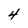
Character: 4